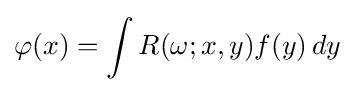
\varphi (x)=\int R(\omega ;x,y)f(y)\,dy